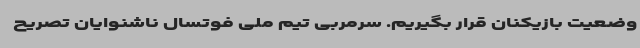
وضعیت بازیکنان قرار بگیریم. سرمربی تیم ملی فوتسال ناشنوایان تصریح